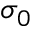
\sigma _ { 0 }